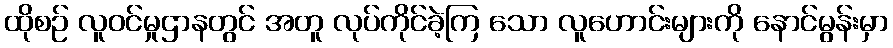
ထိုစဉ် လူဝင်မှုဌာနတွင် အတူ လုပ်ကိုင်ခဲ့ကြ သော လူဟောင်းများကို နောင်မွန်းမှာ